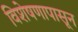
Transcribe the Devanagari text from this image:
विशेषणापासून